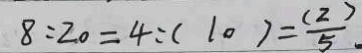
8 : 2 0 = 4 : ( 1 0 ) = \frac { ( 2 ) } { 5 } .